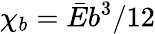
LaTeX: \chi_{b}=\bar{E}b^{3}/12